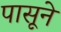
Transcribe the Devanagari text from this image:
पासूने